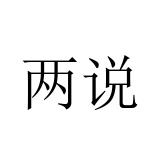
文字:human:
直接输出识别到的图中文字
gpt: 两说